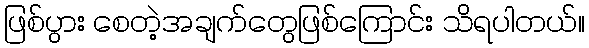
ဖြစ်ပွား စေတဲ့အချက်တွေဖြစ်ကြောင်း သိရပါတယ်။